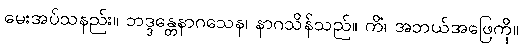
မေးအပ်သနည်း။ ဘဒ္ဒန္တေနာဂသေန၊ နာဂသိန်သည်။ ကိံ၊ အဘယ်အဖြေကို။